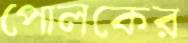
পোলকের